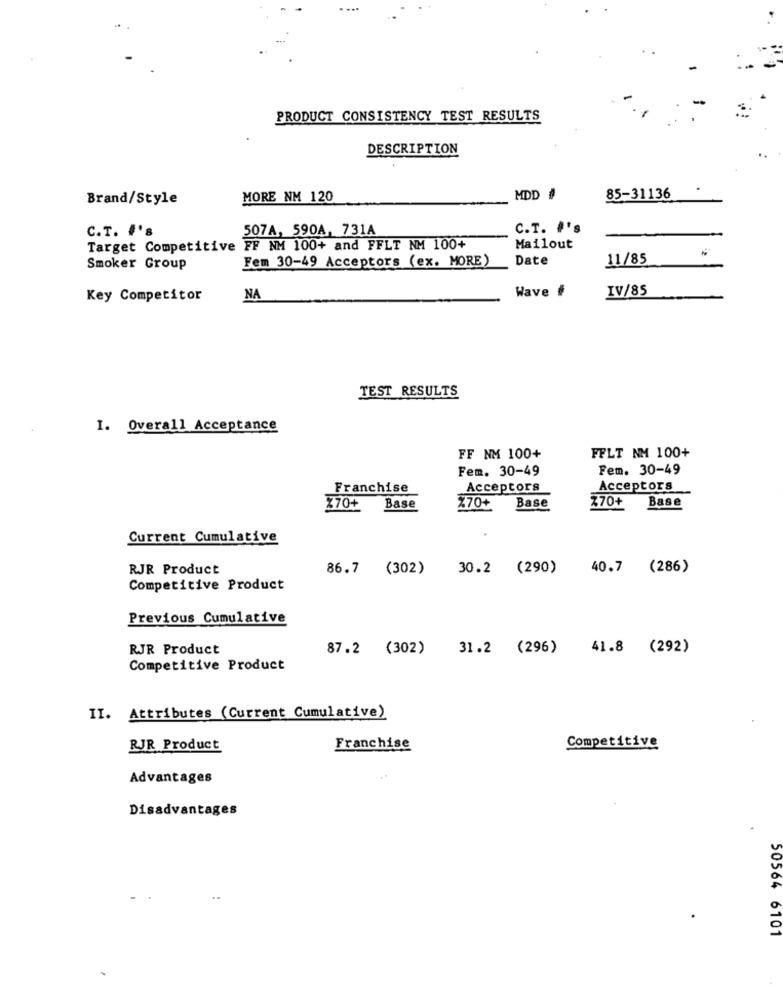
PRODUCT CONSISTENCY TEST RESULTS
DESCRIPTION
Brand/Style
MORE NM 120
MDD #
85-31136
C.T. #'s
507A, 590A, 731A
C.T. #'s
Target Competitive FF NM 100+ and FFLT NM 100+
Mailout
Fem 30-49 Acceptors (ex. MORE)
Date
11/85
Smoker Group
Wave #
IV/85
Key Competitor
NA
TEST RESULTS
1. Overall Acceptance
FF NM 100+
FFLT NM 100+
Fem. 30-49
Fem. 30-49
Franchise
Acceptors
Acceptors
Base
270+
Base
X70+ Base
Z70+
Current Cumulative
RJR Product
86.7 (302) 30.2 (290) 40.7 (286)
Competitive Product
Previous Cumulative
RJR Product
87.2 (302) 31.2 (296) 41.8 (292)
Competitive Product
II. Attributes (Current Cumulative)
RJR Product
Franchise
Competitive
Advantages
Disadvantages
50564 6101